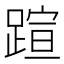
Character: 𬧂